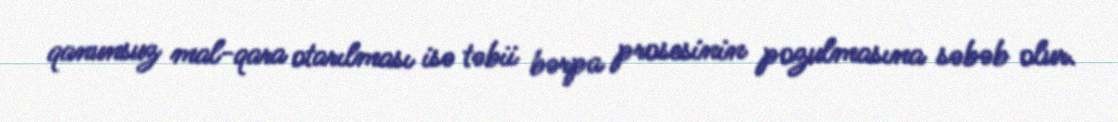
qanunsuz mal-qara otarılması isə təbii bərpa prosesinin pozulmasına səbəb olur.